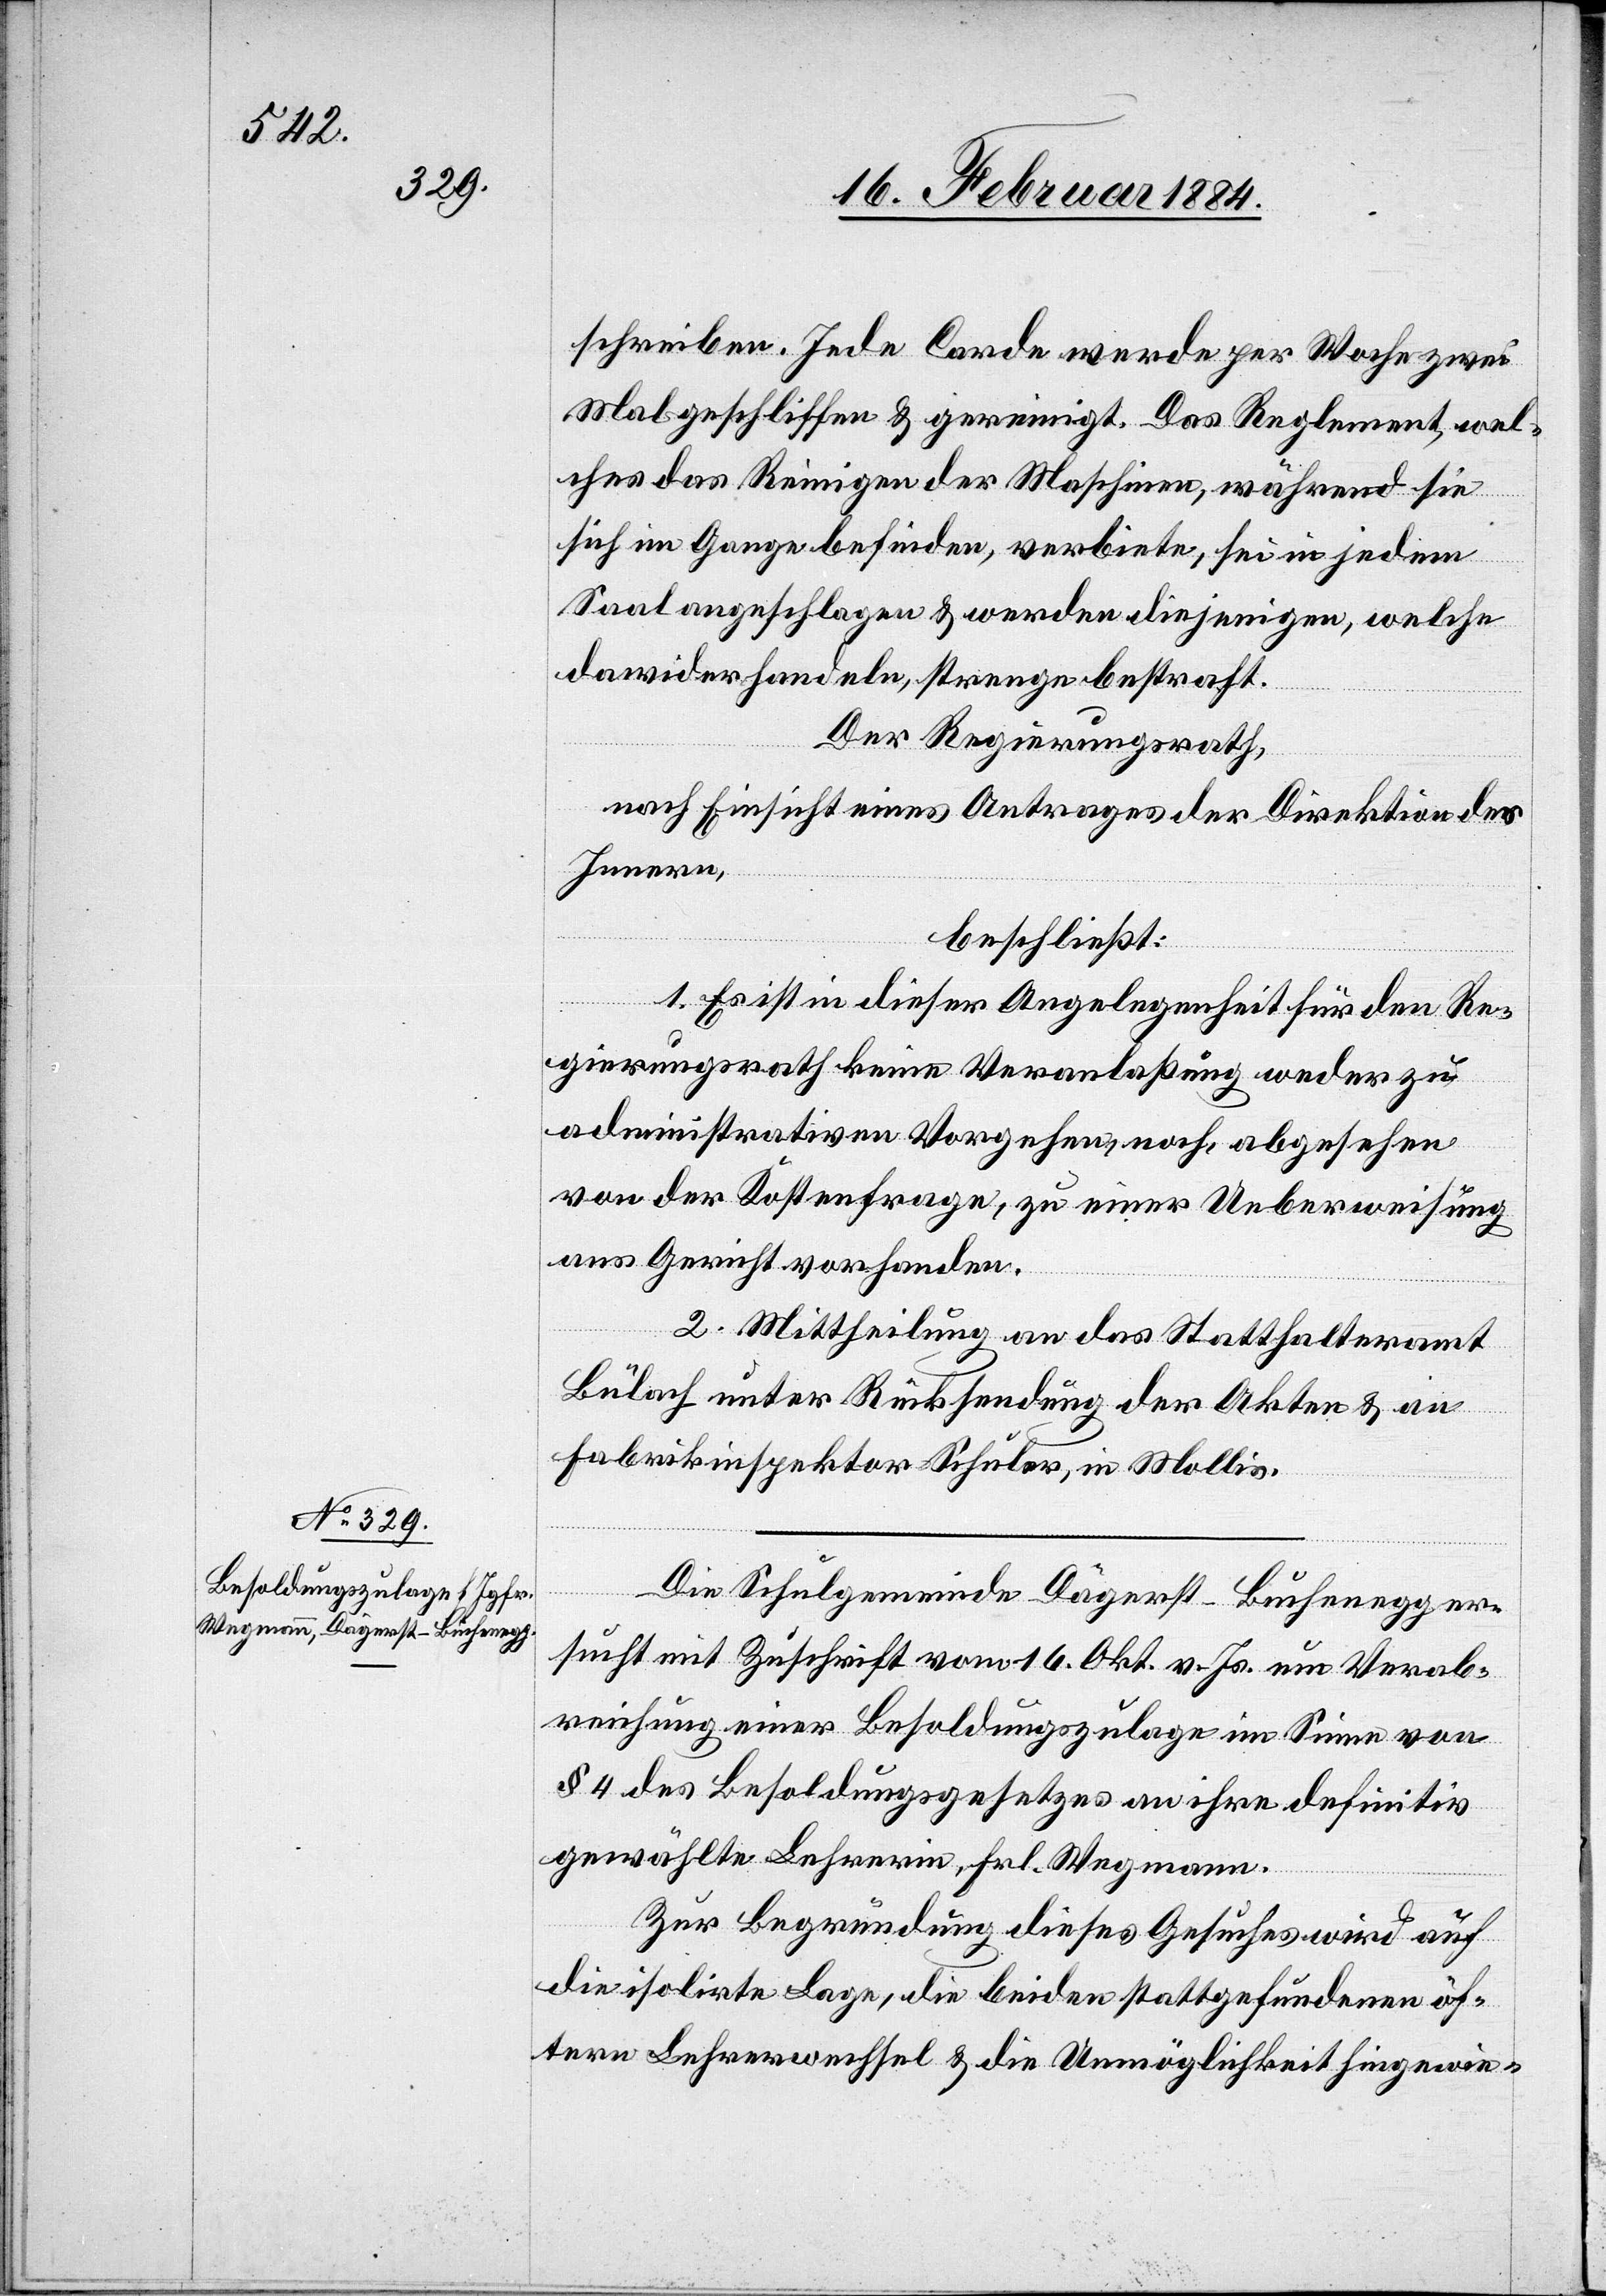
schreiben. Jede Corde werde per Woche zwei
Mal geschliffen & gereinigt. Das Reglement, wel¬
ches das Reinigen der Maschine, während sie
sich im Gange befinde, verbiete, sei in jedem
Saal angeschlagen & werden diejenigen, welche
dawiderhandeln, strenge bestraft.
Der Regierungsrath,
nach Einsicht eines Antrages der Direktion des
Innern,
beschließt:
1. Es ist in dieser Angelegenheit für den Re¬
gierungsrath keine Veranlaßung weder zu
administrativem Vorgehen, noch, abgesehen
von der Kostenfrage, zu einer Ueberweisung
ans Gericht vorhanden.
2. Mittheilung an das Statthalteramt
Bülach unter Rücksendung der Akten & an
Fabrikinspektor Schuler, in Mollis.
Die Schulgemeinde Dägerst-Buchenegg er¬
sucht mit Zuschrift vom 16. Okt. v. Js. um Verab¬
reichung einer Besoldungszulage im Sinne von
§ 4 des Besoldungsgesetzes an ihre definitiv
gewählte Lehrerin, Frl. Wegmann.
Zur Begründung dieses Gesuches wird auf
die isolirte Lage, die beiden stattgefundenen öf¬
[sic!] Lehrerwechsel & die Unmöglichkeit hingewie-

tern